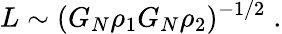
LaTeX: L\sim(G_{N}\rho_{1}G_{N}\rho_{2})^{-1/2}\; .